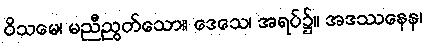
ဝိသမေ၊ မညီညွတ်သော။ ဒေသေ၊ အရပ်၌။ အဒဿနေန၊